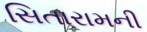
સિતારામની